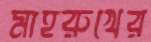
মাহরুখের